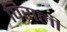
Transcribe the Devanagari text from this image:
पिराली